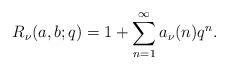
LaTeX: \begin{align*}R_\nu(a,b;q) = 1 + \sum_{n = 1}^\infty a_\nu(n)q^n.\end{align*}